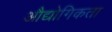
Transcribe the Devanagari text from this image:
औद्योगिकता